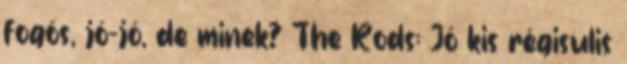
fogós, jó-jó, de minek? The Rods: Jó kis régisulis